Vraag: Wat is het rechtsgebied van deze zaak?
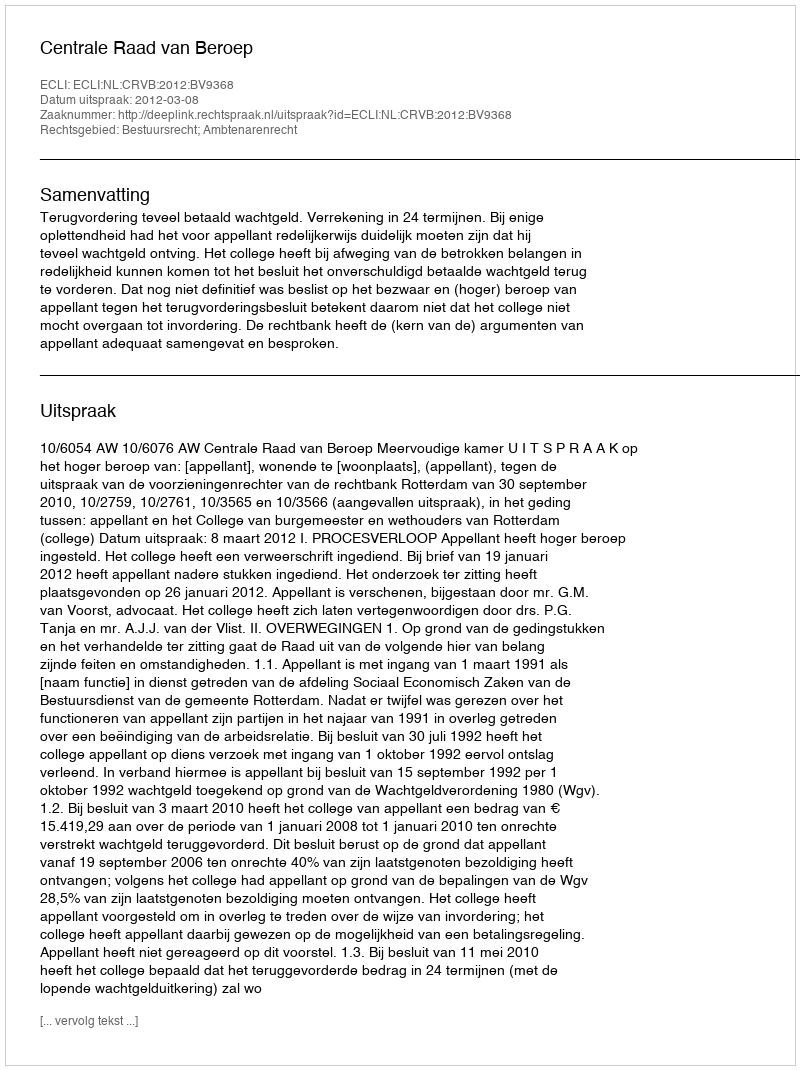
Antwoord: Bestuursrecht; Ambtenarenrecht